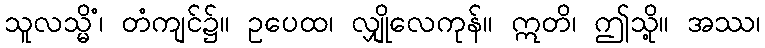
သူလသ္မိံ၊ တံကျင်၌။ ဥပေထ၊ လျှိုလေကုန်။ ဣတိ၊ ဤသို့။ အဿ၊